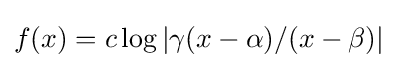
f(x)=c\log |\gamma (x-\alpha )/(x-\beta )|